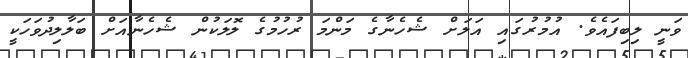
ވަނީ ލިބިފައެވެ. އުމުރުގައި އަލަށް ޝެހެނާގެ މަންމަ ރުހުމުގެ ލޮލަކުން ޝެހެނާއަށް ބަލާލިދުވަހަކީ